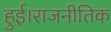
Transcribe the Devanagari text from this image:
हुई।राजनीतिक